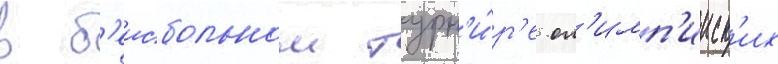
в б'еисбольном турн'и́р'е ол'имп'ииск'их